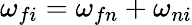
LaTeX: \omega_{fi}=\omega_{fn}+\omega_{ni}